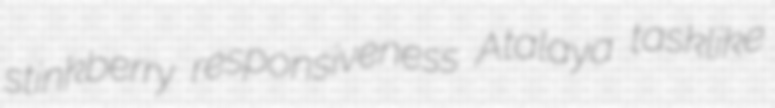
stinkberry responsiveness Atalaya tasklike